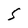
Character: S